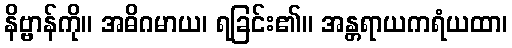
နိဗ္ဗာန်ကို။ အဓိဂမာယ၊ ရခြင်း၏။ အန္တရာယကရံယထာ၊